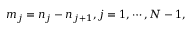
m _ { j } = n _ { j } - n _ { j + 1 } , j = 1 , \cdots , N - 1 ,